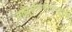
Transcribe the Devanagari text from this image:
गाळसंचयनाबद्दल